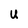
Character: u